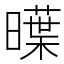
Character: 𣋑